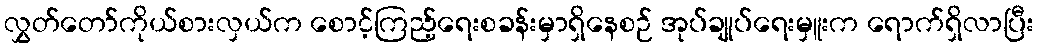
လွှတ်တော်ကိုယ်စားလှယ်က စောင့်ကြည့်ရေးစခန်းမှာရှိနေစဉ် အုပ်ချုပ်ရေးမှူးက ရောက်ရှိလာပြီး